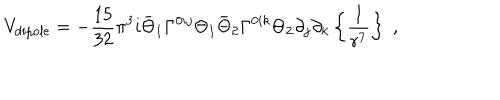
V _ { \mathrm { d i p o l e } } = - { \frac { 1 5 } { 3 2 } } \pi ^ { 3 } i \bar { \Theta } _ { 1 } \Gamma ^ { 0 i j } \Theta _ { 1 } \bar { \Theta } _ { 2 } \Gamma ^ { 0 i k } \Theta _ { 2 } \partial _ { j } \partial _ { k } \left\{ { \frac { 1 } { r ^ { 7 } } } \right\} \; ,